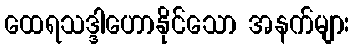
ထေရသဒ္ဒါဟောနိုင်သော အနက်များ